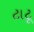
ટાટૂ